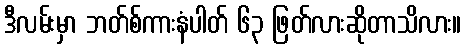
ဒီလမ်းမှာ ဘတ်စ်ကားနံပါတ် ၆၃ ဖြတ်လားဆိုတာသိလား။